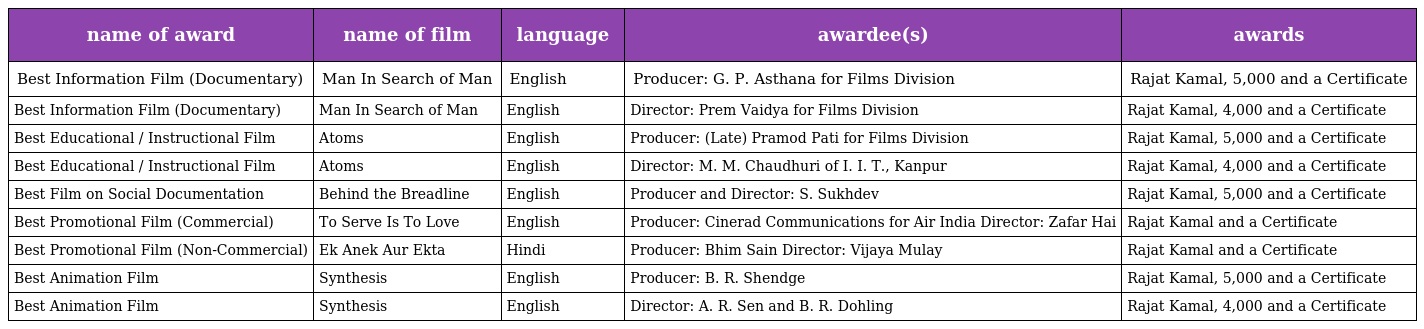
| name of award | name of film | language | awardee(s) | awards |
 | --- | --- | --- | --- | --- |
 | Best Information Film (Documentary) | Man In Search of Man | English | Producer: G. P. Asthana for Films Division | Rajat Kamal, 5,000 and a Certificate |
 | Best Information Film (Documentary) | Man In Search of Man | English | Director: Prem Vaidya for Films Division | Rajat Kamal, 4,000 and a Certificate |
 | Best Educational / Instructional Film | Atoms | English | Producer: (Late) Pramod Pati for Films Division | Rajat Kamal, 5,000 and a Certificate |
 | Best Educational / Instructional Film | Atoms | English | Director: M. M. Chaudhuri of I. I. T., Kanpur | Rajat Kamal, 4,000 and a Certificate |
 | Best Film on Social Documentation | Behind the Breadline | English | Producer and Director: S. Sukhdev | Rajat Kamal, 5,000 and a Certificate |
 | Best Promotional Film (Commercial) | To Serve Is To Love | English | Producer: Cinerad Communications for Air India Director: Zafar Hai | Rajat Kamal and a Certificate |
 | Best Promotional Film (Non-Commercial) | Ek Anek Aur Ekta | Hindi | Producer: Bhim Sain Director: Vijaya Mulay | Rajat Kamal and a Certificate |
 | Best Animation Film | Synthesis | English | Producer: B. R. Shendge | Rajat Kamal, 5,000 and a Certificate |
 | Best Animation Film | Synthesis | English | Director: A. R. Sen and B. R. Dohling | Rajat Kamal, 4,000 and a Certificate |